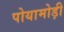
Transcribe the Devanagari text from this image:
पोयामोड़ी